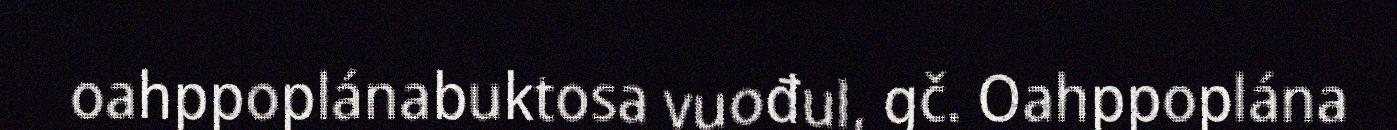
oahppoplánabuktosa vuođul, gč. Oahppoplána